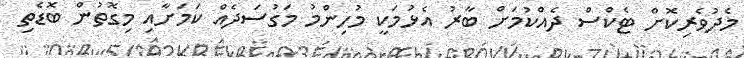
މެދުވެރިކޮށް ޓެކްސް ދެއްކުމަށް ބާރު އެޅުމަކީ މުހިންމު މަގުސަދެއް ކަމަށާއި މިގޮތުން ބޮޑެތި